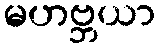
မဟဗ္ဘယာ